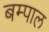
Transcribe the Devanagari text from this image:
बम्पाल